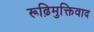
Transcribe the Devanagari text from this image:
रूढ़िमुक्तिवाद